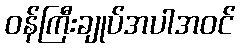
ဝန်ကြီးချုပ်အပါအဝင်